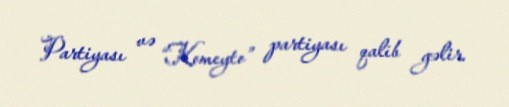
Partiyası və “Komeyto” partiyası qalib gəlir.